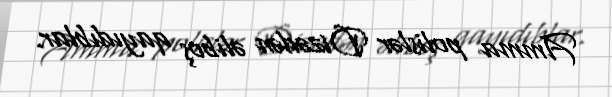
Amma polislər Dizədən əliboş qayıdıblar.